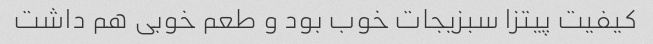
کیفیت پیتزا سبزیجات خوب بود و طعم خوبی هم داشت